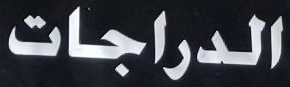
الدراجات